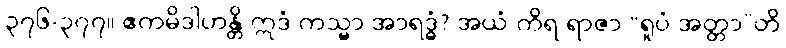
၃၇၆-၃၇၇။ ဧကမိဒါဟန္တိ ဣဒံ ကသ္မာ အာရဒ္ဓံ? အယံ ကိရ ရာဇာ “ရူပံ အတ္တာ”တိ